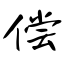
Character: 偿